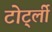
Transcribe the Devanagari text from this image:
टोर्ट्ली